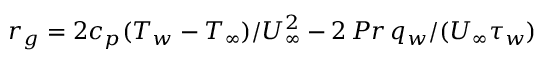
r _ { g } = 2 c _ { p } ( T _ { w } - T _ { \infty } ) / U _ { \infty } ^ { 2 } - 2 \, P r \, q _ { w } / ( U _ { \infty } \tau _ { w } )